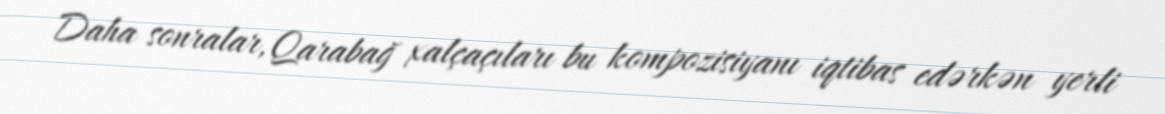
Daha sonralar, Qarabağ xalçaçıları bu kompozisiyanı iqtibas edərkən yerli